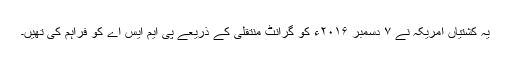
یہ کشتیاں امریکہ نے ۷ ِدسمبر ۲۰۱۶ء کو گرانٹ منتقلی کے ذریعے پی ایم ایس اے کو فراہم کی تھیں۔